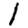
Digit: 1